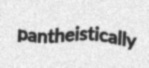
pantheistically